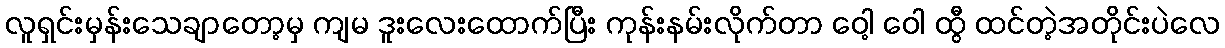
လူရှင်းမှန်းသေချာတော့မှ ကျမ ဒူးလေးထောက်ပြီး ကုန်းနမ်းလိုက်တာ ဝေါ့ ဝေါ ထွီ ထင်တဲ့အတိုင်းပဲလေ